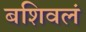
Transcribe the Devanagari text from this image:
बशिवलं